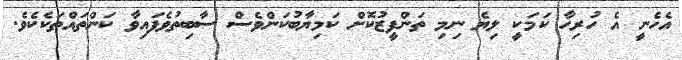
އެހެނީ އެ ހުރިހާ ކަމަކީ ލިޔެ ނިމި ތަންފީޒުކޮށް ކަމިޔާބުކަންވެސް ސާބިތުވެފައިވާ ކަންތައްތަކެކެވެ.